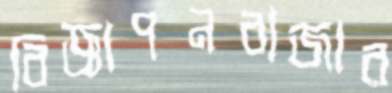
বিজ্ঞাপনবাজার